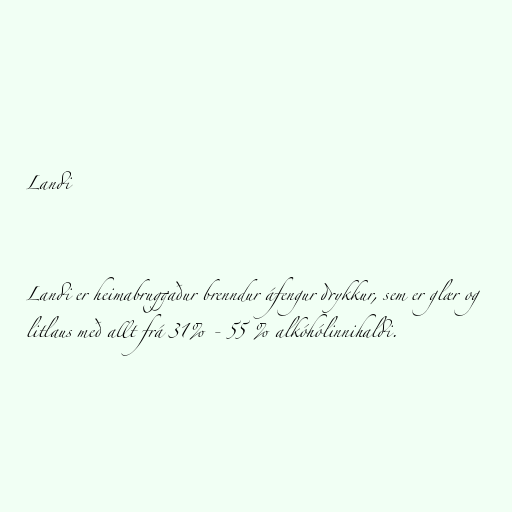
Landi

Landi er heimabruggaður brenndur áfengur drykkur, sem er glær og
litlaus með allt frá 31% - 55 % alkóhólinnihaldi.